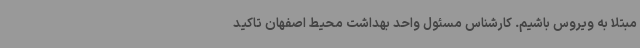
مبتلا به ویروس باشیم. کارشناس مسئول واحد بهداشت محیط اصفهان تاکید